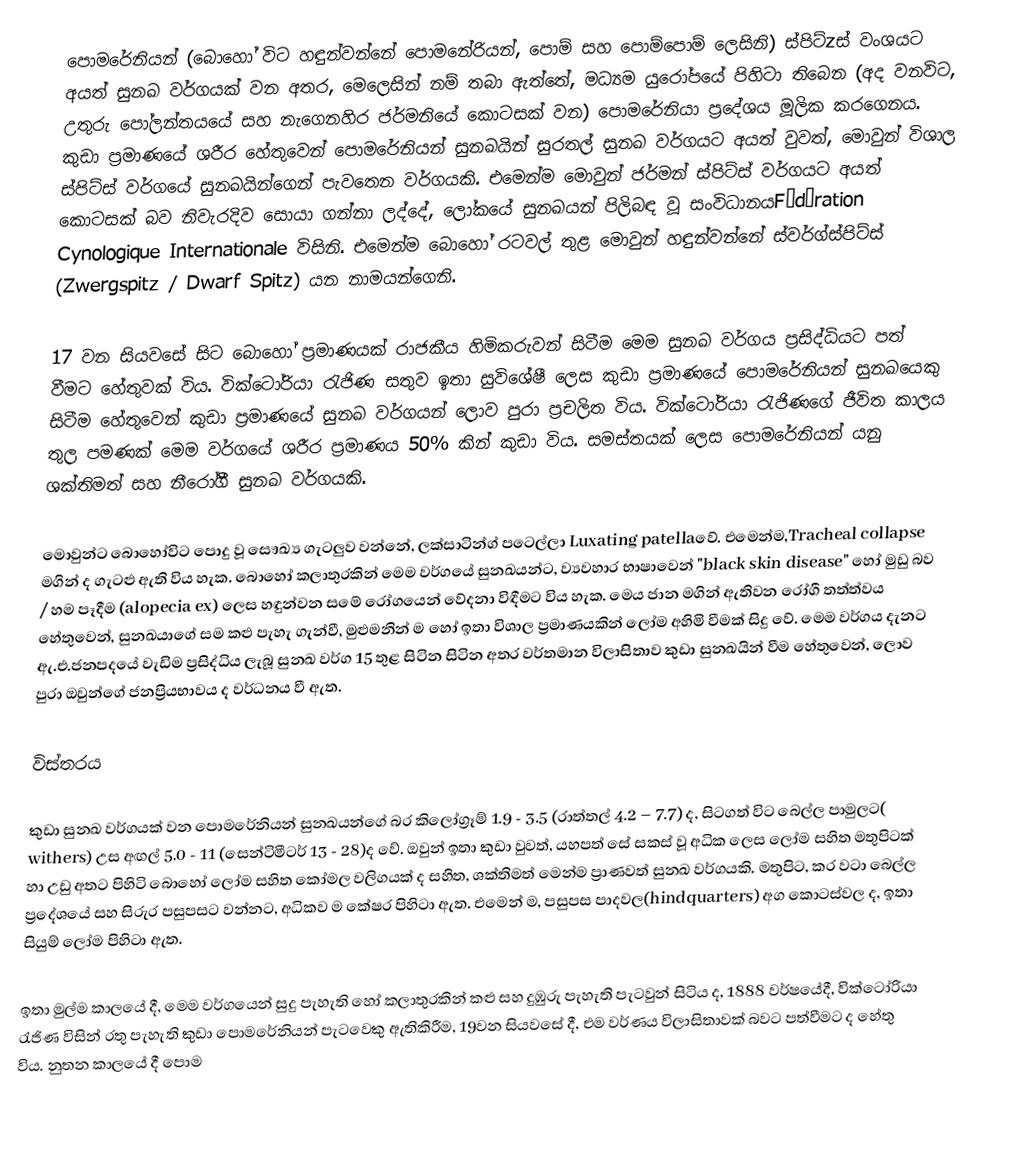
පොමරේනියන් (බොහෝ විට හඳුන්වන්නේ පොමනේරියන්, පොම් සහ පොම්පොම් ලෙසිනි) ස්පිට්zස් වංශයට අයත් සුනඛ වර්ගයක් වන අතර, මෙලෙසින් නම් තබා ඇත්තේ, මධ්‍යම යුරෝපයේ පිහිටා තිබෙන (අද වනවිට, උතුරු පෝලන්තයයේ සහ නැගෙනහිර ජර්මනියේ කොටසක් වන) පොමරේනියා ප්‍රදේශය මූලික කරගෙනය. කුඩා ප්‍රමාණයේ ශරීර හේතුවෙන් පොමරේනියන් සුනඛයින්  සුරතල් සුනඛ වර්ගයට අයත් වුවත්, මොවුන් විශාල ස්පිට්ස් වර්ගයේ සුනඛයින්ගෙන් පැවතෙන වර්ගයකි. එමෙන්ම මොවුන් ජර්මන් ස්පිට්ස් වර්ගයට අයත් කොටසක් බව නිවැරදිව සොයා ගන්නා ලද්දේ, ලෝකයේ සුනඛයන් පිලිබඳ වූ සංවිධානයFédération Cynologique Internationale විසිනි. එමෙන්ම බොහෝ රටවල් තුළ  මොවුන් හඳුන්වන්නේ ස්වර්ග්ස්පිට්ස් (Zwergspitz / Dwarf Spitz) යන නාමයන්ගෙනි.

17 වන සියවසේ සිට බොහෝ ප්‍රමාණයක් රාජකීය හිමිකරුවන් සිටීම මෙම සුනඛ වර්ගය ප්‍රසිද්ධියට පත් වීමට හේතුවක් විය. වික්ටෝරියා රැජිණ සතුව ඉතා සුවිශේෂී ලෙස කුඩා ප්‍රමාණයේ පොමරේනියන් සුනඛයෙකු සිටීම හේතුවෙන් කුඩා ප්‍රමාණයේ සුනඛ වර්ගයන් ලොව පුරා ප්‍රචලිත විය.  වික්ටෝරියා රැජිණගේ ජීවිත කාලය තුල පමණක් මෙම වර්ගයේ ශරීර ප්‍රමාණය 50% කින් කුඩා විය. සමස්තයක් ලෙස පොමරේනියන් යනු ශක්තිමත් සහ නීරෝගී සුනඛ වර්ගයකි.

මොවුන්ට බොහෝවිට පොදු වූ සෞඛ්‍ය ගැටලුව වන්නේ, ලක්සාටින්ග් පටෙල්ලා Luxating patellaවේ.  එමෙන්ම,Tracheal collapse මගින් ද ගැටළු ඇති විය හැක. බොහෝ කලාතුරකින් මෙම වර්ගයේ සුනඛයන්ට, ව්‍යවහාර භාෂාවෙන් "black skin disease" හෝ මුඩු බව / හම පෑදීම (alopecia ex) ලෙස හඳුන්වන සමේ රෝගයෙන් වේදනා විඳීමට විය හැක. මෙය ජාන මගින් ඇතිවන රෝගී තත්ත්වය හේතුවෙන්, සුනඛයාගේ සම කළු පැහැ ගැන්වී, මුළුමනින් ම හෝ ඉතා විශාල ප්‍රමාණයකින් ලෝම අහිමි වීමක් සිදු වේ. මෙම වර්ගය දැනට ඇ.එ.ජනපදයේ වැඩිම ප්‍රසිද්ධිය ලැබූ සුනඛ වර්ග 15 තුළ සිටින සිටින අතර වර්තමාන විලාසිතාව කුඩා සුනඛයින් වීම හේතුවෙන්, ලොව පුරා ඔවුන්ගේ ජනප්‍රියභාවය ද වර්ධනය වී ඇත.

විස්තරය

කුඩා සුනඛ වර්ගයක් වන පොමරේනියන් සුනඛයන්ගේ බර කිලෝග්‍රෑම් 1.9 - 3.5 (රාත්තල් 4.2 – 7.7) ද, සිටගත් විට බෙල්ල පාමුලට( withers) උස අඟල් 5.0 - 11 (සෙන්ටිමීටර් 13 - 28)ද වේ. ඔවුන් ඉතා කුඩා වුවත්, යහපත් සේ සකස් වූ අධික ලෙස ලෝම සහිත මතුපිටක් හා උඩු අතට පිහිටි බොහෝ ලෝම සහිත කෝමල වලිගයක් ද සහිත, ශක්තිමත් මෙන්ම ප්‍රාණවත් සුනඛ  වර්ගයකි. මතුපිට, කර වටා බෙල්ල ප්‍රදේශයේ සහ සිරුර පසුපසට වන්නට, අධිකව ම කේෂර පිහිටා ඇත. එමෙන් ම, පසුපස පාදවල(hindquarters) අග කොටස්වල ද, ඉතා සියුම් ලෝම පිහිටා ඇත.

ඉතා මුල්ම කාලයේ දී, මෙම වර්ගයෙන් සුදු පැහැති හෝ කලාතුරකින් කළු සහ දුඹුරු පැහැති පැටවුන් සිටිය ද, 1888 වර්ෂයේදී, වික්ටෝරියා රැජිණ විසින් රතු පැහැති කුඩා පොමරේනියන් පැටවෙකු ඇතිකිරීම, 19වන සියවසේ දී, එම වර්ණය විලාසිතාවක් බවට පත්වීමට ද හේතු විය. නුතන කාලයේ දී පොම